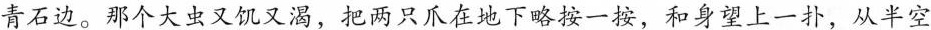
青石边。那个大虫又饥又渴，把两只爪在地下略按一按，和身望上一扑，从半空